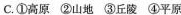
C.①高原②山地③丘陵④平原